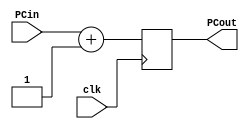
`timescale 1ns / 1ps

module PC_Counter(PCin, PCout, clk);
    input [31:0] PCin;
    input clk;
    output reg [31:0] PCout;

    always @ (negedge clk) begin
        PCout = PCin + 1;
    end
endmodule